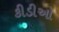
કીડીઓ